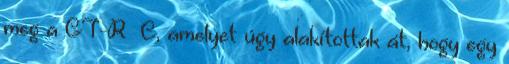
meg a GT-R C, amelyet úgy alakítottak át, hogy egy